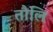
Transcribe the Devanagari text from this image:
तौलि